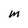
Character: m